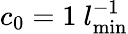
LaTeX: c_{0}=1~l_{\mathrm{min}}^{-1}